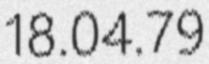
18.04.79